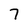
Character: 7